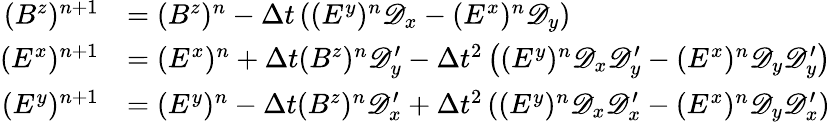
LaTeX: \begin{array}{rl}{(B^{z})^{n+1}}&{=(B^{z})^{n}-\Delta t\left((E^{y})^{n}\mathscr D_{x}-(E^{x})^{n}\mathscr D_{y}\right)}\\ {(E^{x})^{n+1}}&{=(E^{x})^{n}+\Delta t(B^{z})^{n}\mathscr D_{y}^{\prime}-\Delta t^{2}\left((E^{y})^{n}\mathscr D_{x}\mathscr D_{y}^{\prime}-(E^{x})^{n}\mathscr D_{y}\mathscr D_{y}^{\prime}\right)}\\ {(E^{y})^{n+1}}&{=(E^{y})^{n}-\Delta t(B^{z})^{n}\mathscr D_{x}^{\prime}+\Delta t^{2}\left((E^{y})^{n}\mathscr D_{x}\mathscr D_{x}^{\prime}-(E^{x})^{n}\mathscr D_{y}\mathscr D_{x}^{\prime}\right)}\end{array}